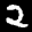
Label: 2